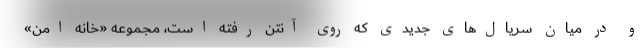
و در میان سریال‌های جدیدی که روی آنتن رفته است، مجموعه «خانه امن»